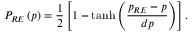
P _ { R E } \left( p \right) = \frac { 1 } { 2 } \left[ 1 - \operatorname { t a n h } \left( \frac { p _ { R E } - p } { d p } \right) \right] .